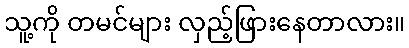
သူ့ကို တမင်များ လှည့်ဖြားနေတာလား။